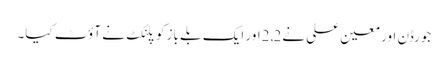
جورڈن اور معین علی نے2,2اور ایک بلے باز کو پلنکٹ نے آؤٹ کیا۔